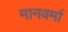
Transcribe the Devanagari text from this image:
मानवर्मा